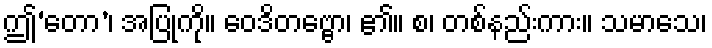
ဤ‘တော’၊ အပြုကို။ ဝေဒိတဗ္ဗော၊ ၏။ စ၊ တစ်နည်းကား။ သမာသေ၊